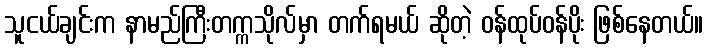
သူငယ်ချင်းက နာမည်ကြီးတက္ကသိုလ်မှာ တက်ရမယ် ဆိုတဲ့ ဝန်ထုပ်ဝန်ပိုး ဖြစ်နေတယ်။